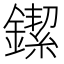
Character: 䥛